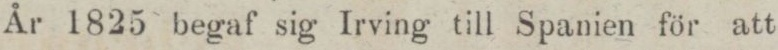
År 1825 begaf sig Irving till Spanien för att